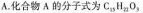
A.化合物A的分子式为C_{25}H_{23}O_{3}